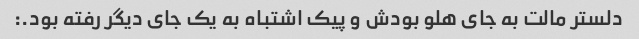
دلستر مالت به جای هلو بودش و پیک اشتباه به یک جای دیگر رفته بود.: